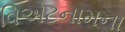
વિએટનામના